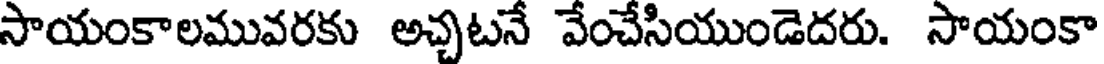
సాయంకాలమువరకు అచ్చటనే వేంచేసియుండెదరు. సాయంకా